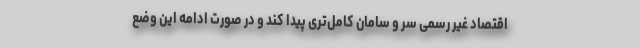
اقتصاد غیر رسمی سر و سامان کامل‌تری پیدا کند و در صورت ادامه این وضع